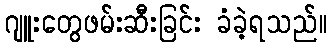
ဂျူးတွေဖမ်းဆီးခြင်း ခံခဲ့ရသည်။